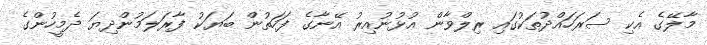
މާލޭގެ އެކި ސަރަހައްދުތަކުގައި ރިލްވާން އުޅުނުއިރު އޭނާގެ ފަހަތުން ބަޔަކު ފާރަލަމުންދިޔަ ދެމީހުންގެ